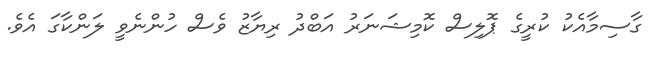
ގާސިމާއެކު ކުރީގެ ޕޮލިސް ކޮމިޝަނަރު އަބްދު ރިޔާޒު ވެސް ހުންނެވީ ލަންކާގަ އެވެ.